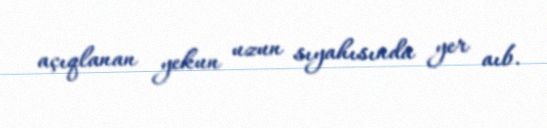
açıqlanan yekun uzun sıyahısında yer aıb.